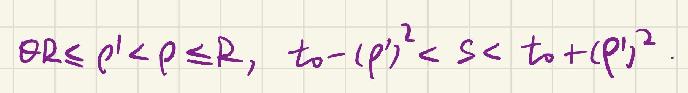
$\forall R\leq \rho'<\rho\leq R,\ t_{0}-(\rho')^{2}<s<t_{0}+(\rho')^{2}.$